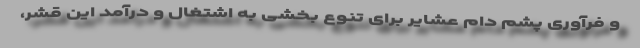
و فرآوری پشم دام عشایر برای تنوع بخشی به اشتغال و درآمد این قشر،